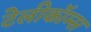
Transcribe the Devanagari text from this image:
टेलीकॉम्स